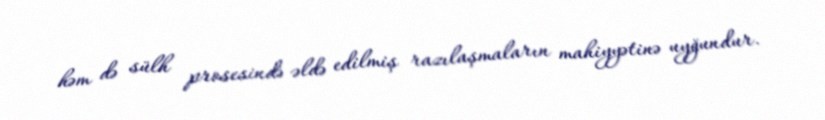
həm də sülh prosesində əldə edilmiş razılaşmaların mahiyyətinə uyğundur.